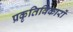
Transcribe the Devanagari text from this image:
प्रकृतिविकारों